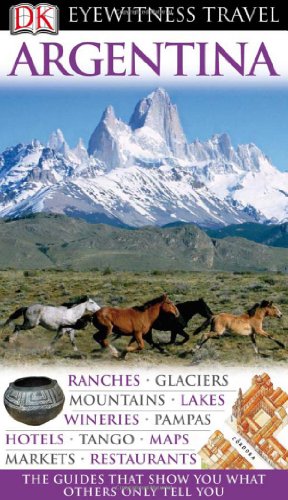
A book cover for Argentina (EYEWITNESS TRAVEL GUIDE); Wayne Bernhardson; Travel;